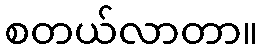
စတယ်လာတာ။